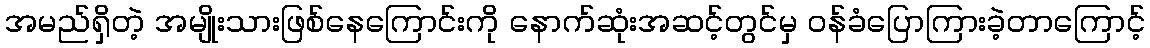
အမည်ရှိတဲ့ အမျိုးသားဖြစ်နေကြောင်းကို နောက်ဆုံးအဆင့်တွင်မှ ဝန်ခံပြောကြားခဲ့တာကြောင့်